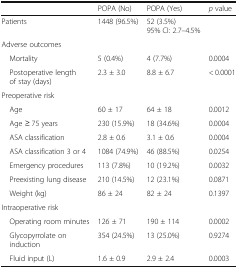
<table><thead><tr><td></td><td><b>POPA (No)</b></td><td><b>POPA (Yes)</b></td><td><b><i>p</i> value</b></td></tr></thead><tbody><tr><td>Patients</td><td>1448 (96.5%)</td><td>52 (3.5%)95% CI: 2.7–4.5%</td><td></td></tr><tr><td colspan="4">Adverse outcomes</td></tr><tr><td> Mortality</td><td>5 (0.4%)</td><td>4 (7.7%)</td><td>0.0004</td></tr><tr><td> Postoperative length of stay (days)</td><td>2.3 ± 3.0</td><td>8.8 ± 6.7</td><td>&lt; 0.0001</td></tr><tr><td colspan="4">Preoperative risk</td></tr><tr><td> Age</td><td>60 ± 17</td><td>64 ± 18</td><td>0.0012</td></tr><tr><td> Age ≥ 75 years</td><td>230 (15.9%)</td><td>18 (34.6%)</td><td>0.0004</td></tr><tr><td> ASA classification</td><td>2.8 ± 0.6</td><td>3.1 ± 0.6</td><td>0.0004</td></tr><tr><td> ASA classification 3 or 4</td><td>1084 (74.9%)</td><td>46 (88.5%)</td><td>0.0254</td></tr><tr><td> Emergency procedures</td><td>113 (7.8%)</td><td>10 (19.2%)</td><td>0.0032</td></tr><tr><td> Preexisting lung disease</td><td>210 (14.5%)</td><td>12 (23.1%)</td><td>0.0871</td></tr><tr><td> Weight (kg)</td><td>86 ± 24</td><td>82 ± 24</td><td>0.1397</td></tr><tr><td colspan="4">Intraoperative risk</td></tr><tr><td> Operating room minutes</td><td>126 ± 71</td><td>190 ± 114</td><td>0.0002</td></tr><tr><td> Glycopyrrolate on induction</td><td>354 (24.5%)</td><td>13 (25.0%)</td><td>0.9274</td></tr><tr><td> Fluid input (L)</td><td>1.6 ± 0.9</td><td>2.9 ± 2.4</td><td>0.0003</td></tr></tbody></table>